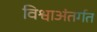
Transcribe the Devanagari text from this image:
विश्वाअंतर्गत